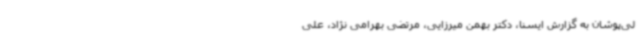
لی‌پوشان به گزارش ایسنا، دکتر بهمن میرزایی، مرتضی بهرامی نژاد، علی